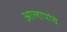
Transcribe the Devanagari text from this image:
आलापांचे